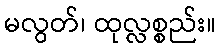
မလွတ်၊ ထုလ္လစ္စည်း။